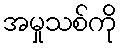
အမှုသစ်ကို